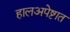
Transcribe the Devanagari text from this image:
हालअपेष्टात